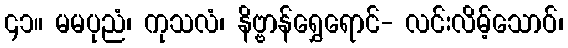
၄၁။ မမပုညံ၊ ကုသလံ၊ နိဗ္ဗာန်ရွှေရောင်- လင်းလိမ့်သောဝ်၊